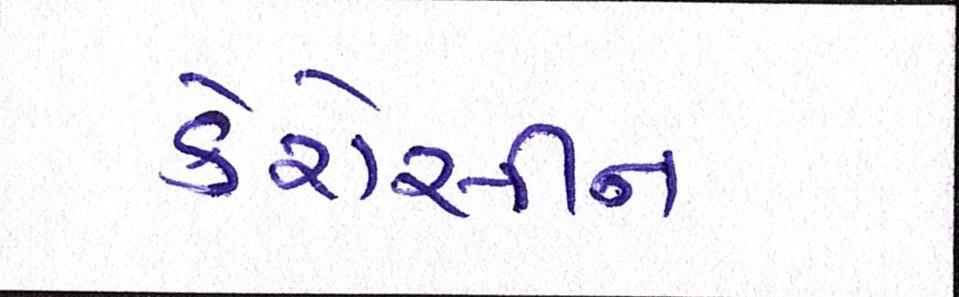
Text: કેરોસીન